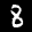
Label: 8